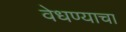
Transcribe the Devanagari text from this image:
वेधण्याचा